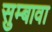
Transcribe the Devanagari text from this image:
सुम्बावा